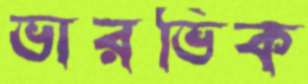
ভারভিক